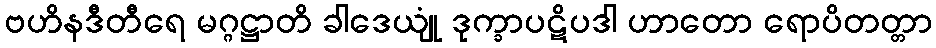
ဗဟိနဒီတီရေ မဂ္ဂဋ္ဌာတိ ခါဒေယျုံ ဒုက္ခာပဋိပဒါ ဟာတော ရောပိတတ္တာ